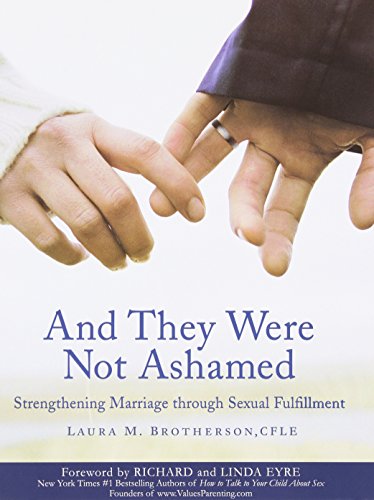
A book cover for And They Were Not Ashamed: Strengthening Marriage through Sexual Fulfillment; Laura M. Brotherson; Parenting & Relationships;